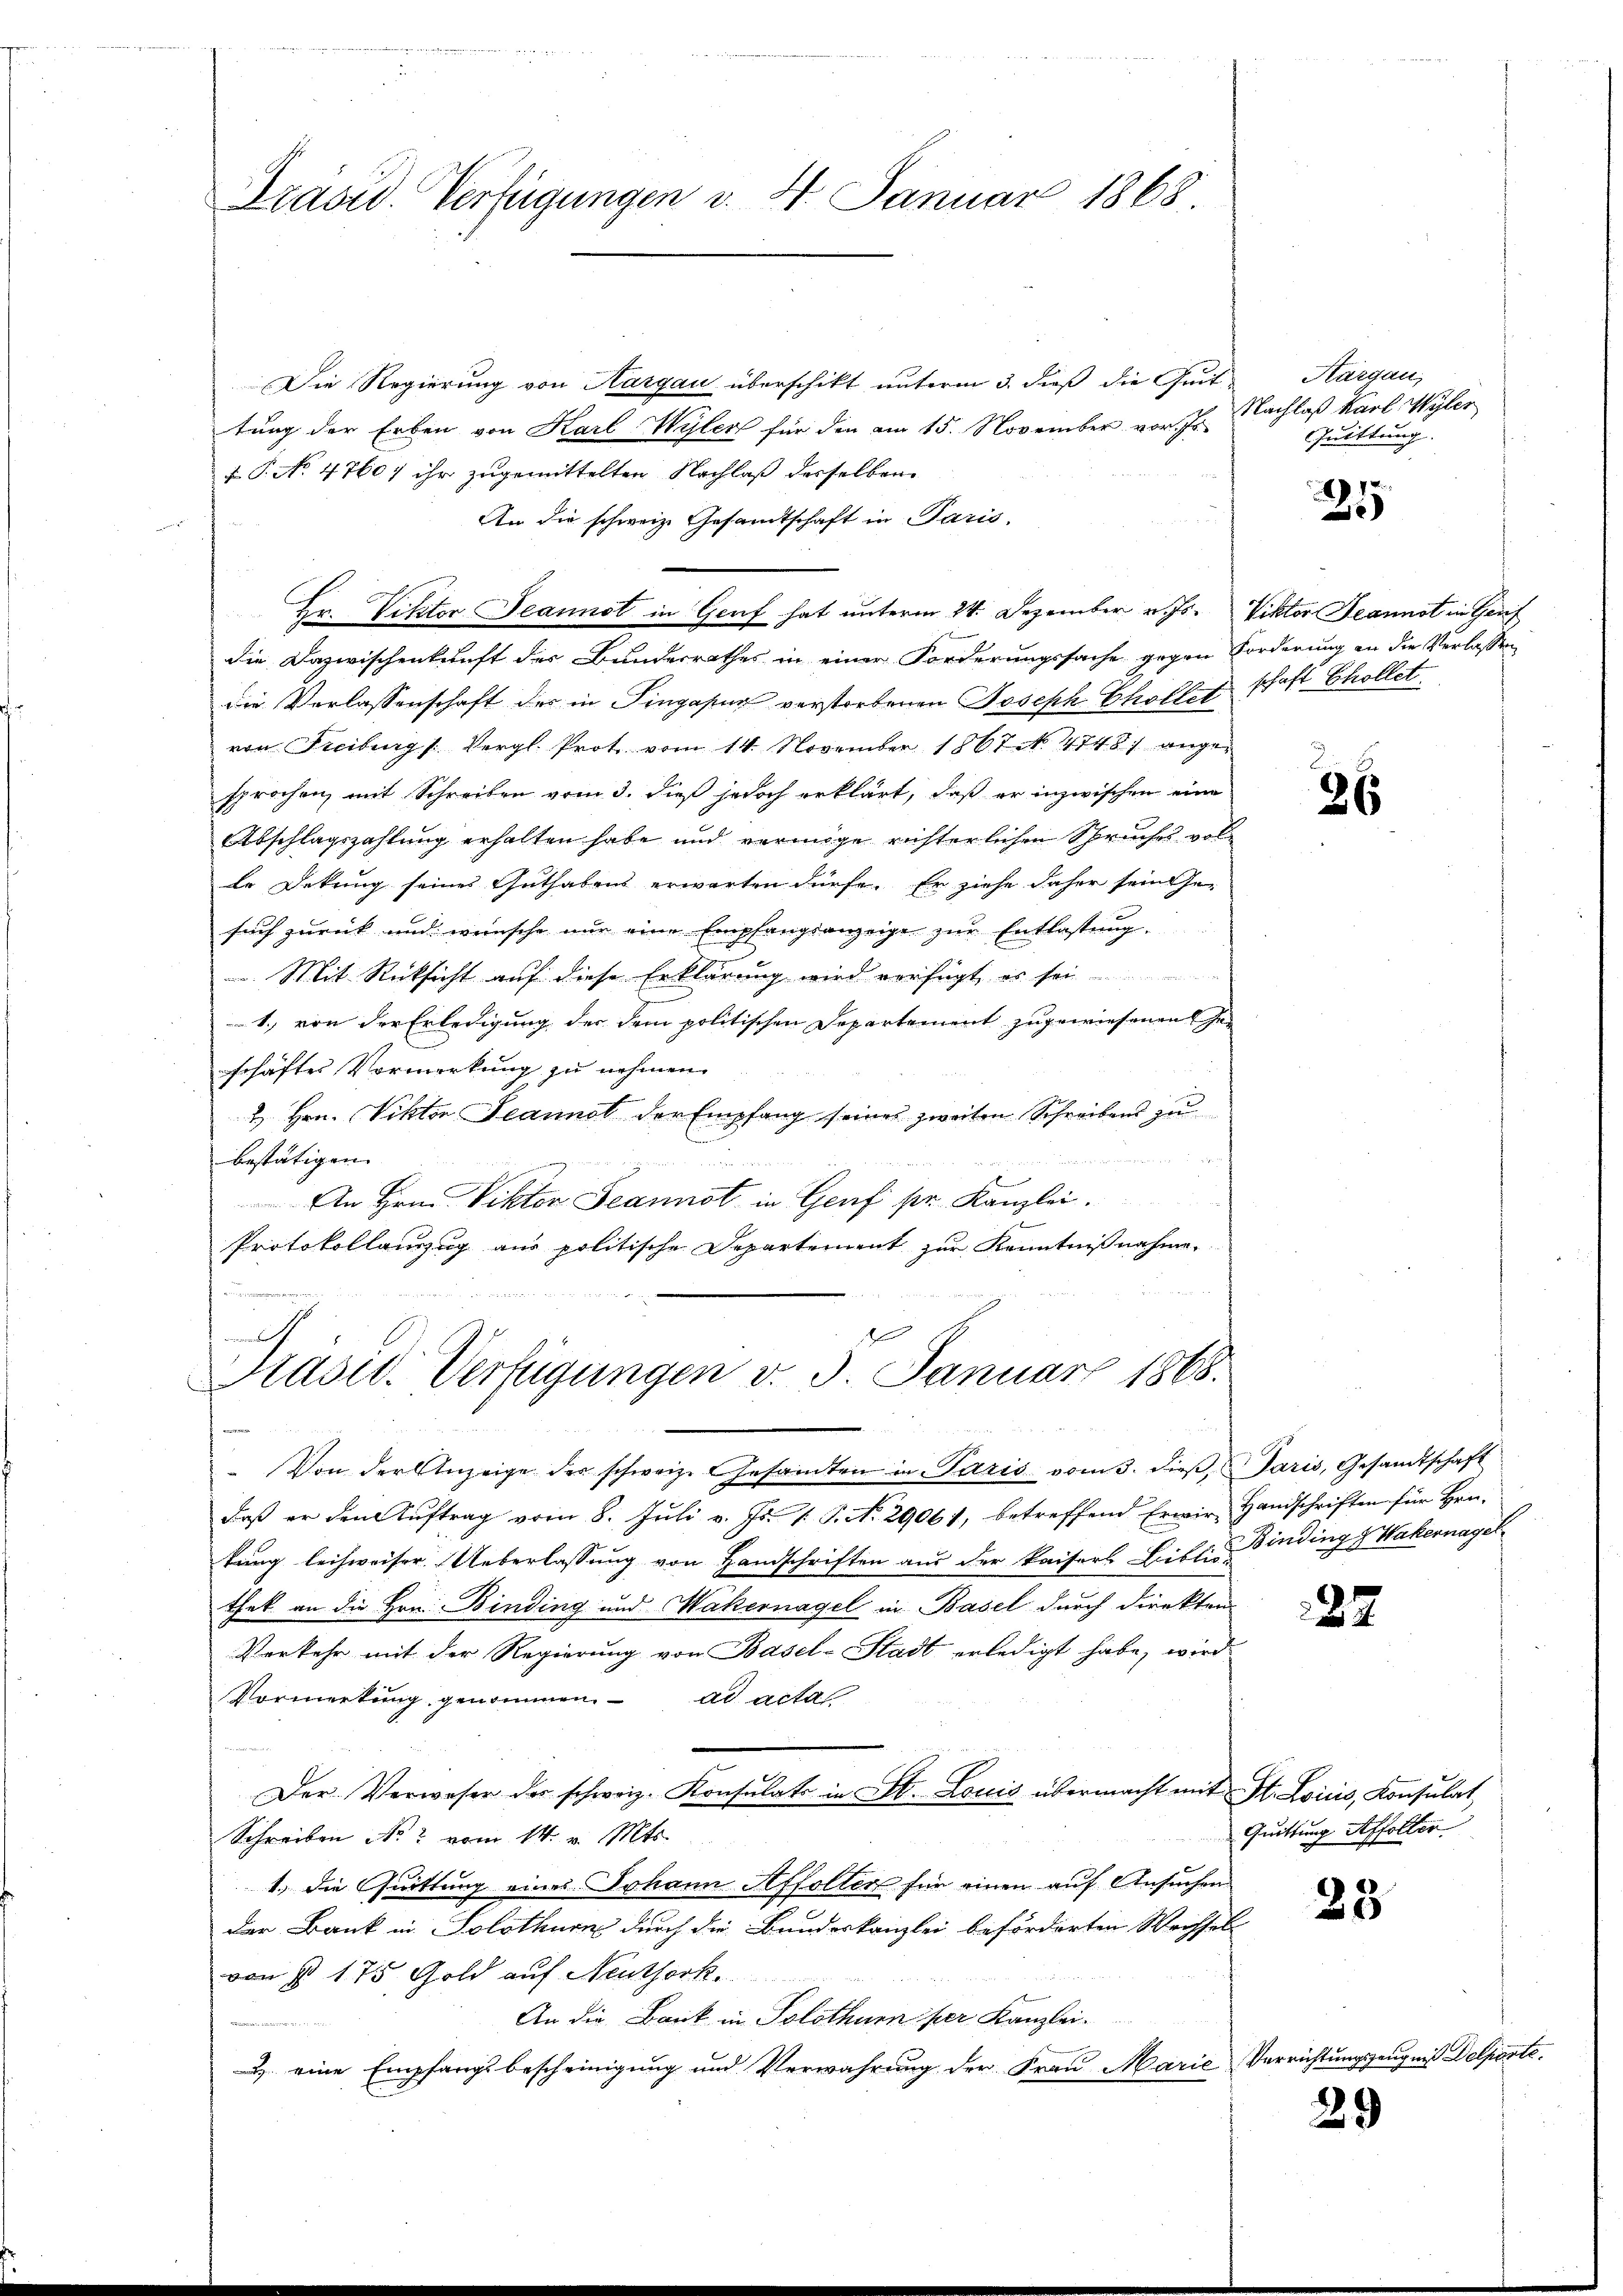
Präsid. Verfügungen v. 4. Januar 1868

Die Regierung von Aargau überschikt unterm 3. dieß die Zeit
tung der Erben von Karl Wyler für den am 15. November vor. J
F. P. No 47607 ihr zugemittelten Nachlaß desselben
An die schweiz. Gesamtschaft in Paris,
Hr. Visitor Jeannst in Genf hat unterm 24. Dezember v. Js. Viktor Jeannst in Gef
die Dazwischenkunft der Bundesrathes in einer Forderungssache gegen Forderung an die Verlassen
die Verlassenschaft der in Singapur verstorbenen Joseph Chollet schaft Chollet
von Freiburg (Vergl. Prot vom 14. November 1867 NNo. 4748) angesprochen mit Schreiben vom 3. dieß jedoch erklärt, daß er inzwischen eine
Abschlagszahlung erhalten habe und vermöge richterlichen Spruches voll
Le Dekung seines Guthabens erwarten dürfe. Er ziehe daher sein Ge-
such zurück und wünsche nur eine Empfangsanzeige zur Entlastung.
Mit Rücksicht auf diese Erklärung wird verfügt, es sei
1. von der Erledigung der dem politischen Departement zugewiesenen Geschäftes Vormerkung zu nehmen.
2. Hrn. Viktor Jeannot der Empfang seines zweiten Schreibens zu
2
bestätigen.
An Hrn. Viktor Scannst in Genf pr. Kanzlei.
Protokollanzug aus politische Departement zur Kenntnißnahme,
e

h
Hasid. Verfügungen v. 3. Januar 1868.

Kargau,
Nachlaß Karl. Wyler
Quittung. |

Von der Anzeige der schweiz. Gesandten in Paris vom 3. dieβ, Paris, Gesamtschaft
daß er den Auftrag vom 8. Juli v. Js. 1. P. N. 29061, betreffend Erwir- Handschriften für Hrn.
tung leichweiser. Ueberlassung von Handschriften aus der Kaisers Bibl. u. Binding Wakernagel
thek an die Hrn. Binding und Wakernagel in Basel durch direkten
Verkehr mit der Regierung von Basel-Stadt erledigt habe, wird
Vormerkung genommen. ad acta
Der Verweser der schweiz. Konsulats in St. Louis übermacht mit St. Loiiis, Konsulat
Schreiben Not vom 14. v. Mts.
1., die Quittung eines Johann Affolter für einen auf Ansuchen
der Bank in Solothurn durch die Bundeskanzlei beförderten Wechsel
von § 175 Gold auf Neuthork
An die Bank in Solothurn her Kanzlei¬
 eine Empfangsbescheinigung und Verwahrung der Frau Marie Verrichtungszeugnis Delposte

.
2

26

22

Quittung Affolter

23

29